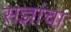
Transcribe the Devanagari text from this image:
सज्ञांचा